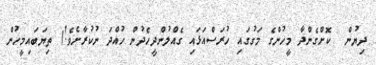
ދިޔުން  ކޮށްގެންދާ މީހުންގެ މަގުގައި ހުރަސްއަޅައި ގެއްލުންދީހެދުން ހުއްދަ ނުކުރާށެވެ!) ތިޔަބައިމީހުން